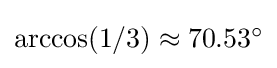
{\textstyle \arccos(1/3)\approx 70.53^{\circ }}